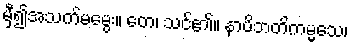
မှီ၍အသက်မမွေး။ တေ၊ သင်၏။ နာပိဘတိကမ္မသေ၊